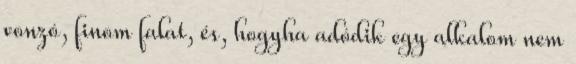
vonzó, finom falat, és, hogyha adódik egy alkalom nem